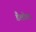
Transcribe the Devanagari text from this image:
डैलोवा